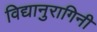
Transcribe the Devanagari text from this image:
विद्यानुरागिनी